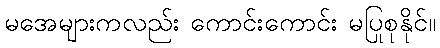
မအေများကလည်း ကောင်းကောင်း မပြုစုနိုင်။